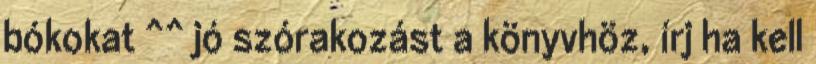
bókokat ^^ jó szórakozást a könyvhöz, írj ha kell